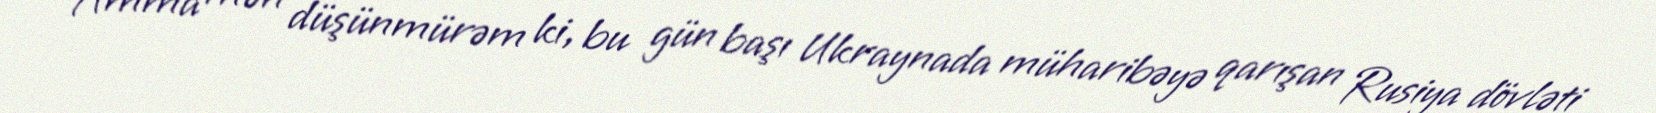
Amma mən düşünmürəm ki, bu gün başı Ukraynada müharibəyə qarışan Rusiya dövləti